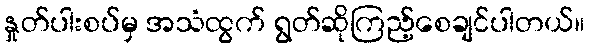
နှုတ်ပါးစပ်မှ အသံထွက် ရွတ်ဆိုကြည့်စေချင်ပါတယ်။